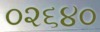
૦૨૬૪૦